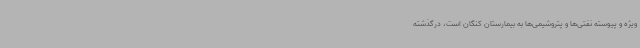
ویژه و پیوسته نفتی‌ها و پتروشیمی‌ها به بیمارستان کنگان است، درگذشته